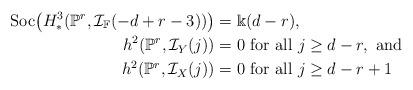
LaTeX: \begin{align*}\mathrm{Soc}\big(H^3_{*}(\mathbb{P}^r,\mathcal{I}_{\mathbb{F}}(-d+r-3))\big) &= \Bbbk(d-r),\\h^2(\mathbb{P}^r, \mathcal{I}_Y(j)) &= 0 \mbox{ for all } j \geq d-r, \mbox{ and }\\h^2(\mathbb{P}^r, \mathcal{I}_X(j)) &= 0 \mbox{ for all } j \geq d-r+1\end{align*}